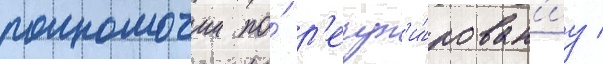
полномочии по́ р'егул'и́рован'иу /